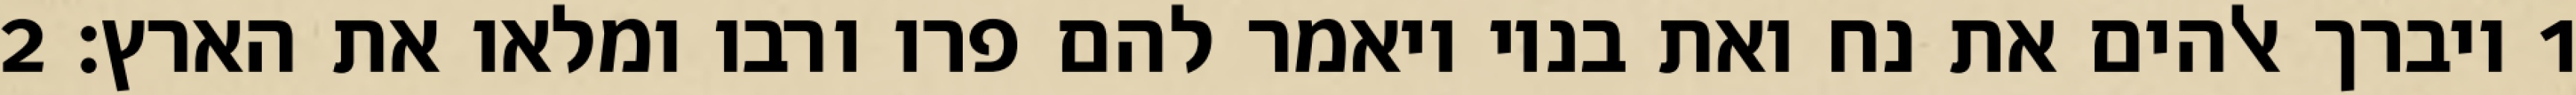
1 ויברך אלהים את נח ואת בניו ויאמר להם פרו ורבו ומלאו את הארץ׃ ‎2‏